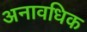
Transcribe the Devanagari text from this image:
अनावधिक